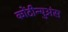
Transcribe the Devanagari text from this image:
कोंटीन्युअंस